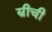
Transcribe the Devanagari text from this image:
स्रीची